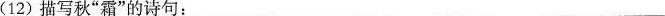
(12) 描写秋”霜”的诗句：___